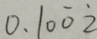
0 . 1 0 \dot { 0 } \dot { 2 }